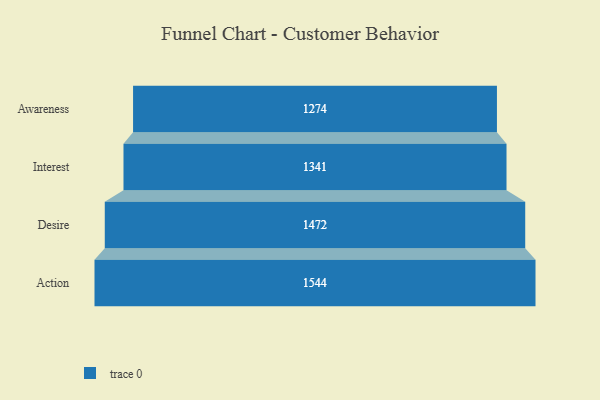
{"axis": {"x": "Stage", "y": "Value"}, "legend": [""], "data": [{"x": "Awareness", "y": 1274.0, "type": ""}, {"x": "Interest", "y": 1341.0, "type": ""}, {"x": "Desire", "y": 1472.0, "type": ""}, {"x": "Action", "y": 1544.0, "type": ""}]}